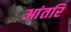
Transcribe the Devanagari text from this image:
आंतरि